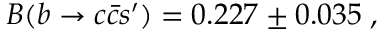
B ( b \rightarrow c \bar { c } s ^ { \prime } ) = 0 . 2 2 7 \pm 0 . 0 3 5 \; ,